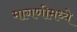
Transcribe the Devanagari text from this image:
मागणीमध्ये